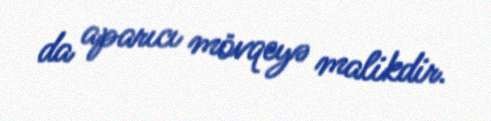
da aparıcı mövqeyə malikdir.